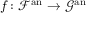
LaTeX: f \colon { \mathcal { F } } ^ { \mathrm { a n } } \rightarrow { \mathcal { G } } ^ { \mathrm { a n } }